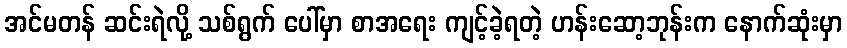
အင်မတန် ဆင်းရဲလို့ သစ်ရွက် ပေါ်မှာ စာအရေး ကျင့်ခဲ့ရတဲ့ ဟန်းဆော့ဘုန်းက နောက်ဆုံးမှာ